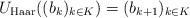
LaTeX: \begin{align*}U_{\mathrm{Haar}}((b_k)_{k \in K}) = (b_{k+1})_{k \in K}\end{align*}